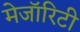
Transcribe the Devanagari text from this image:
मेजॉरिटी